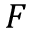
F